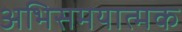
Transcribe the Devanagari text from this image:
अभिसमयात्मक